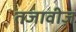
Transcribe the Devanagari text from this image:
तजावीज़